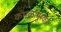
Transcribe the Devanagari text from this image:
कमळापूरकर